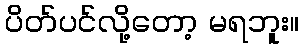
ပိတ်ပင်လို့တော့ မရဘူး။